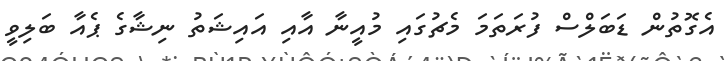
އެގޮތުން ޑަބަލްސް ފުރަތަމަ މެޗުގައި މުއީނާ އާއި އައިޝަތު ނިޝާގެ ޕެއާ ބަލިވީ